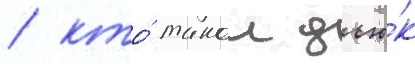
/ кто́ такои дью́к